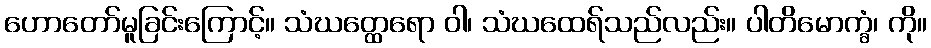
ဟောတော်မူခြင်းကြောင့်။ သံဃတ္ထေရော ဝါ၊ သံဃထေရ်သည်လည်း။ ပါတိမောက္ခံ၊ ကို။